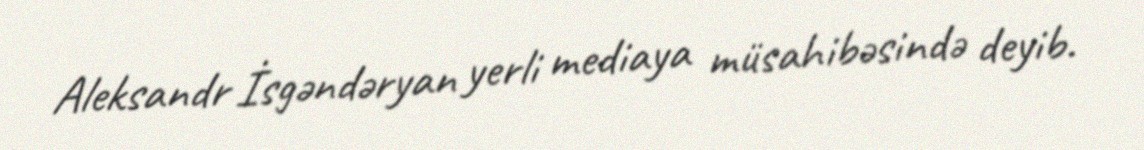
Aleksandr İsgəndəryan yerli mediaya müsahibəsində deyib.